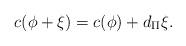
LaTeX: \begin{align*}c(\phi + \xi) = c(\phi) + d_\Pi \xi .\end{align*}